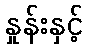
နှုန်းနှင့်